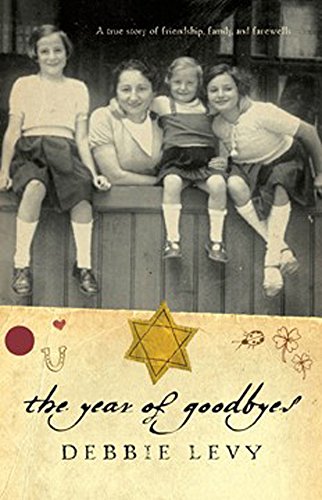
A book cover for The Year of Goodbyes: A true story of friendship, family and farewells; Debbie Levy; Children's Books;